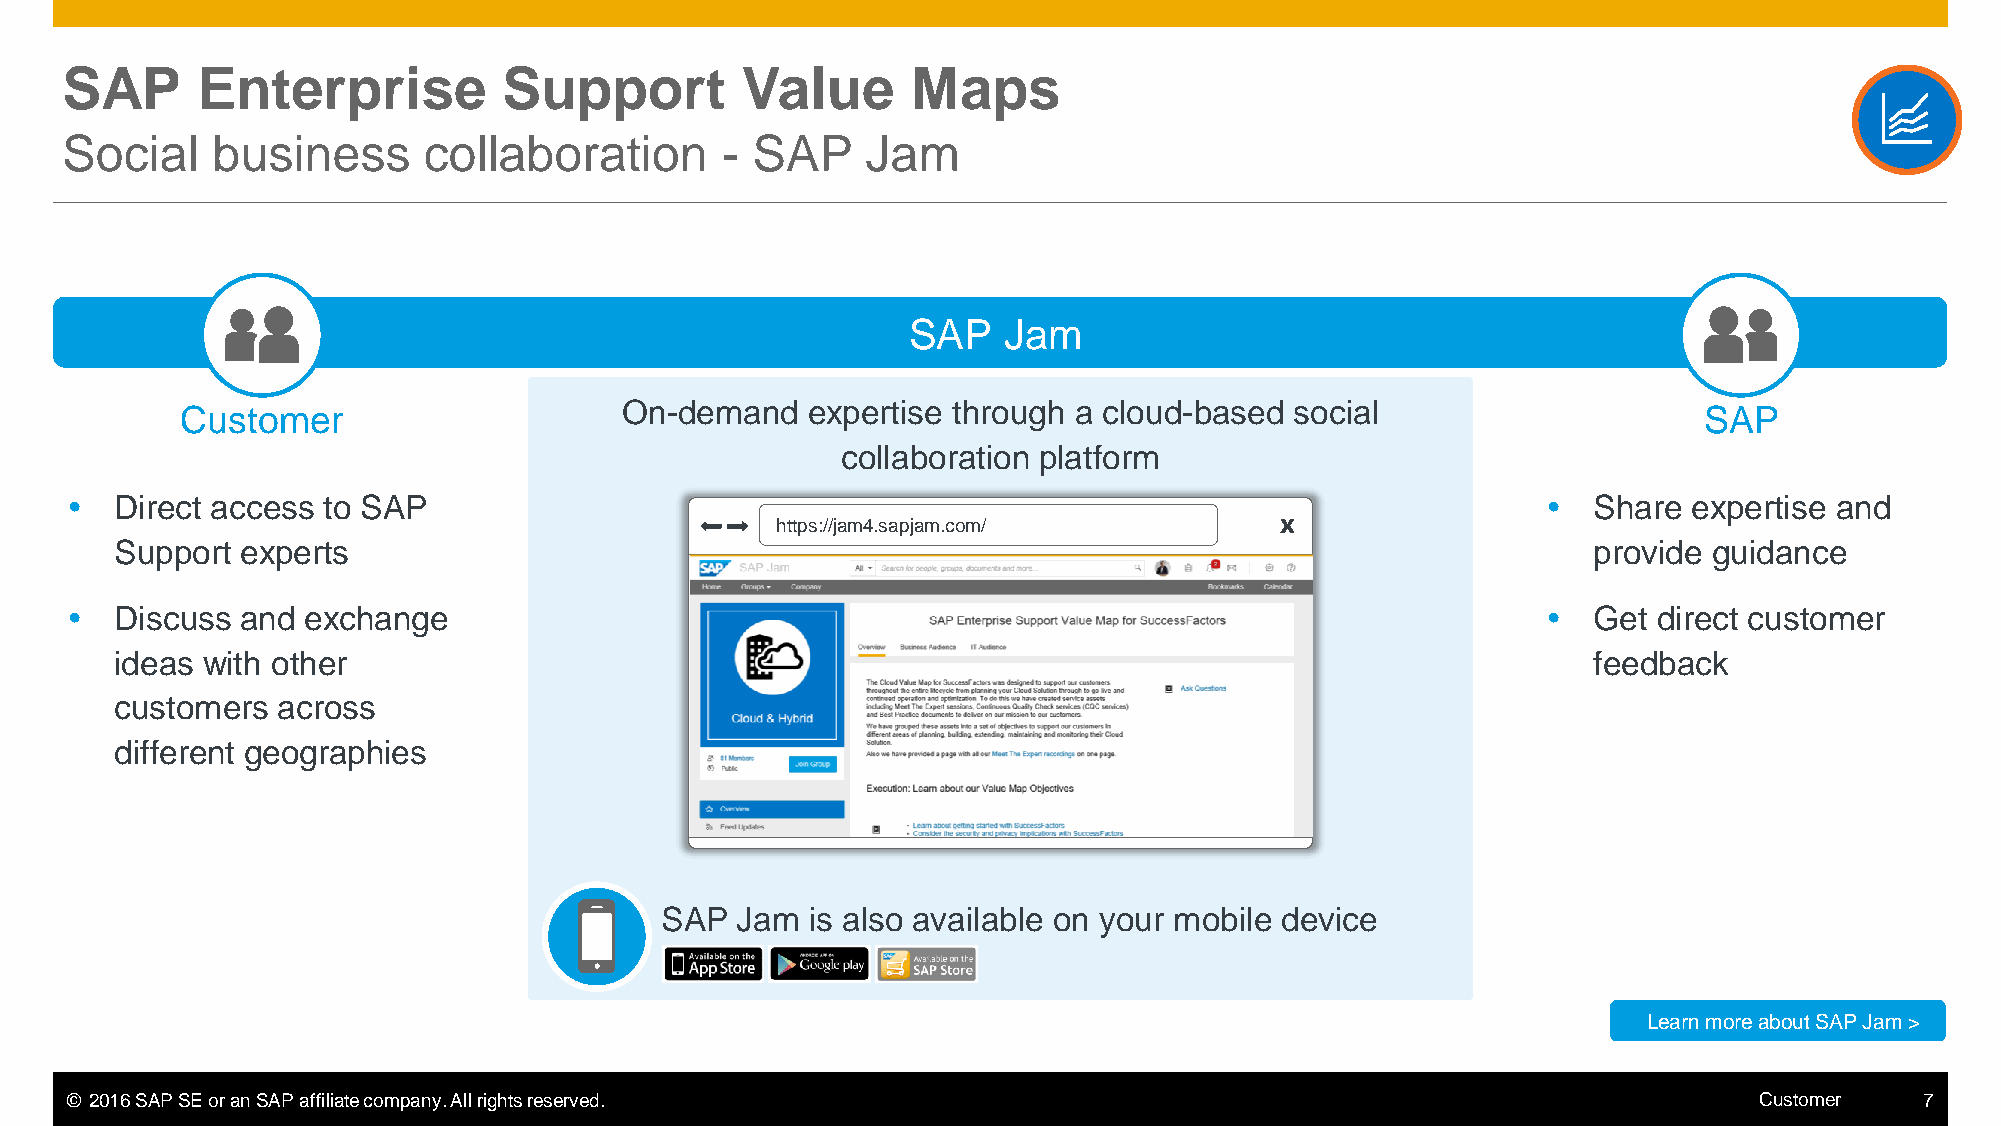
SAP      Enterprise          Support         Value      Maps
 Social    business      collaboration       - SAP    Jam
 SAP   Jam
 On-demand   expertise through a cloud-based  social
 Customer                                                                                             SAP
 collaboration platform
    Direct access to SAP                                                                            Share  expertise and
 https://jam4.sapjam.com/          X
 Support experts                                                                                  provide guidance
    Discuss and exchange                                                                            Get  direct customer
 ideas with other                                                                                 feedback
 customers across
 different geographies
 SAP  Jam  is also available on your mobile device
 Learn more about SAP Jam >
 © 2016 SAP SE or an SAP affiliate company. All rights reserved.                                                 Customer   7